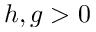
h , g > 0